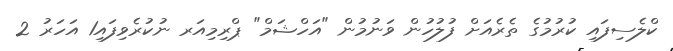
ކްލެސިފައި ކުރުމުގެ ތެރެއަށް ފުލުހުން ވަނުމުން "އަހްޝަމް" ޕްރިމިއަރ ނުކުރެވިފައި1 އަހަރު 2